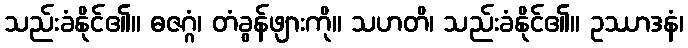
သည်းခံနိုင်၏။ ဓဇဂ္ဂံ၊ တံခွန်ဖျားကို။ သဟတိ၊ သည်းခံနိုင်၏။ ဥဿာဒနံ၊